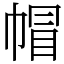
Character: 帽